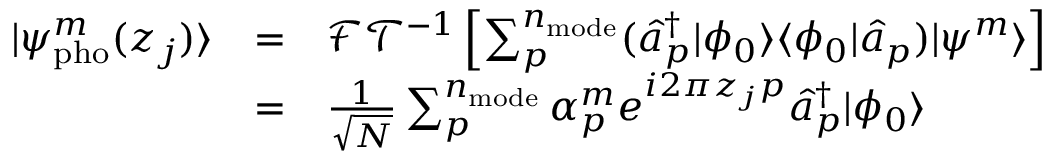
\begin{array} { c c l } { | \psi _ { \mathrm { p h o } } ^ { m } ( z _ { j } ) \rangle } & { = } & { \mathcal { F T } ^ { - 1 } \left[ \sum _ { p } ^ { n _ { \mathrm { m o d e } } } ( \hat { a } _ { p } ^ { \dagger } | \phi _ { 0 } \rangle \langle \phi _ { 0 } | \hat { a } _ { p } ) | \psi ^ { m } \rangle \right] } \\ & { = } & { \frac { 1 } { \sqrt N } \sum _ { p } ^ { n _ { \mathrm { m o d e } } } \alpha _ { p } ^ { m } e ^ { i 2 \pi z _ { j } p } \hat { a } _ { p } ^ { \dagger } | \phi _ { 0 } \rangle } \end{array}